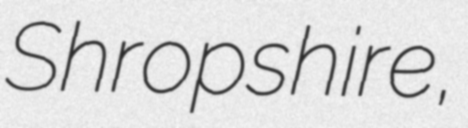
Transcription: Shropshire,